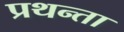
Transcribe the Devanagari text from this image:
प्रथन्ता